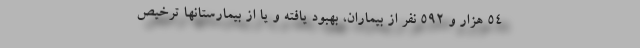
۵۴ هزار و ۵۹۲ نفر از بیماران، بهبود یافته و یا از بیمارستانها ترخیص